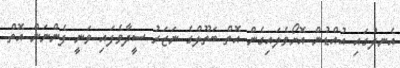
އެނދުގައި އުއްޑުން އޮށޯވެލައިގެން އޮތް ބަތޫލްގެ ނަޒަރު ސީދާވެފައި ވަނީ ފެންނަން އޮތް